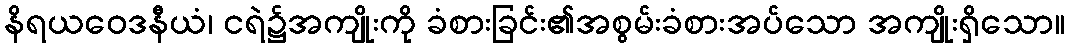
နိရယဝေဒနီယံ၊ ငရဲ၌အကျိုးကို ခံစားခြင်း၏အစွမ်းခံစားအပ်သော အကျိုးရှိသော။